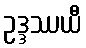
ဥဒ္ဒဿယီ